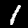
Label: 1